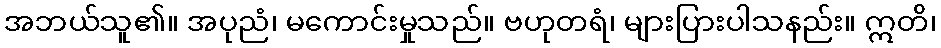
အဘယ်သူ၏။ အပုညံ၊ မကောင်းမှုသည်။ ဗဟုတရံ၊ များပြားပါသနည်း။ ဣတိ၊